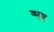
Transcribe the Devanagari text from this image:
क्यूशु